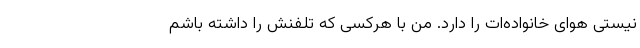
نیستی هوای خانواده‌ات را دارد. من با هرکسی که تلفنش را داشته باشم